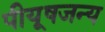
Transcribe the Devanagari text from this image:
पीयूषजन्य